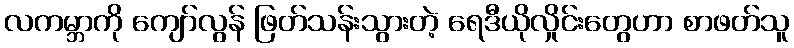
လကမ္ဘာကို ကျော်လွန် ဖြတ်သန်းသွားတဲ့ ရေဒီယိုလှိုင်းတွေဟာ စာဖတ်သူ